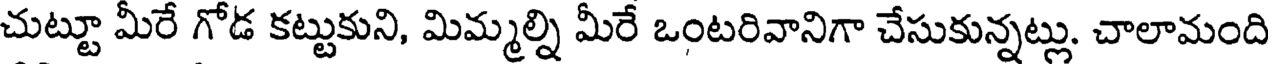
చుట్టూ మీరే గోడ కట్టుకుని, మిమ్మల్ని మీరే ఒంటరివానిగా చేసుకున్నట్లు. చాలామంది